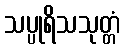
သပ္ပုရိသသုတ္တံ